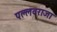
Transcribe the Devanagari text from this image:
पल्लवराजा